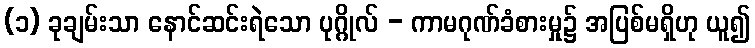
(၁) ခုချမ်းသာ နောင်ဆင်းရဲသော ပုဂ္ဂိုလ် - ကာမဂုဏ်ခံစားမှု၌ အပြစ်မရှိဟု ယူ၍